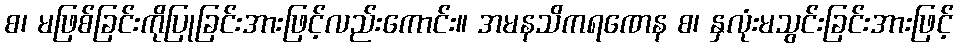
စ၊ မဖြစ်ခြင်းကိုပြုခြင်းအားဖြင့်လည်းကောင်း။ အမနသိကရဏေန စ၊ နှလုံးမသွင်းခြင်းအားဖြင့်